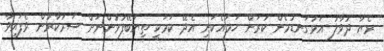
ރެޔާ ދުވާލު އަޅުގަނޑުމެން ކުރަން ހަމައެކަނި އެދޭ ކަމަކީ ތިޔަބޭފުޅުންނަށް ސަރުކާރުން ވެފައިވާ